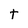
Character: t